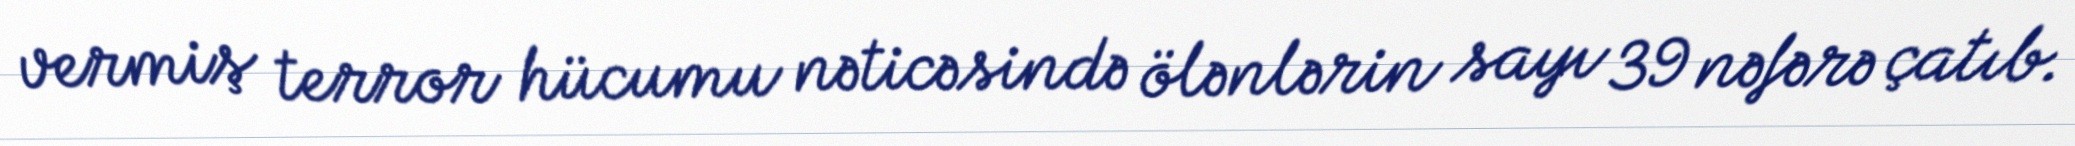
vermiş terror hücumu nəticəsində ölənlərin sayı 39 nəfərə çatıb.